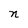
Character: n